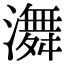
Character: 㵲